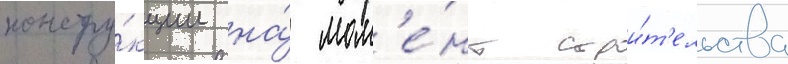
констру́кции на́ мом'е́нт строи́т'ельства